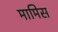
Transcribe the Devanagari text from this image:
मामिस